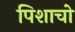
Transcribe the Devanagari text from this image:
पिशाचो